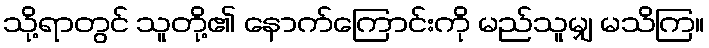
သို့ရာတွင် သူတို့၏ နောက်ကြောင်းကို မည်သူမျှ မသိကြ။